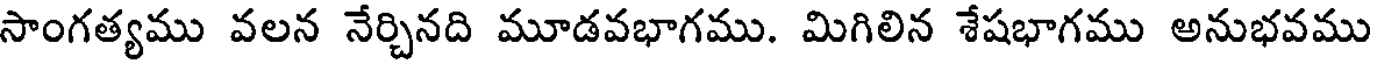
సాంగత్యము వలన నేర్చినది మూడవభాగము. మిగిలిన శేషభాగము అనుభవము